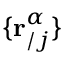
\{ \mathbf { r } _ { / j } ^ { \alpha } \}